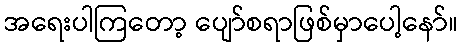
အရေးပါကြတော့ ပျော်စရာဖြစ်မှာပေါ့နော်။